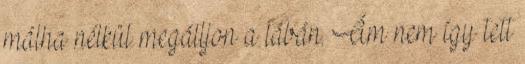
málha nélkül megálljon a lábán. Ám nem így tett